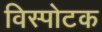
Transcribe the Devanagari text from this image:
विस्पोटक